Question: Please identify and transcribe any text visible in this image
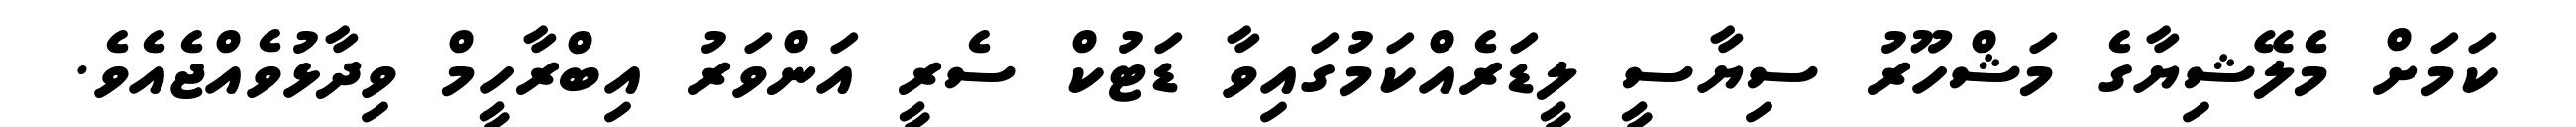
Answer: ކަމަށް މެލޭޝިޔާގެ މަޝްހޫރު ސިޔާސީ ލީޑަރެއްކަމުގައިވާ ޑަޓުކް ސެރީ އަންވަރު އިބްރާހީމް ވިދާޅުވެއްޖެއެވެ.